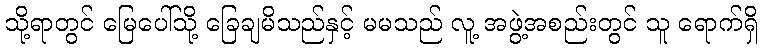
သို့ရာတွင် မြေပေါ်သို့ ခြေချမိသည်နှင့် မမသည် လူ့ အဖွဲ့အစည်းတွင် သူ ရောက်ရှိ